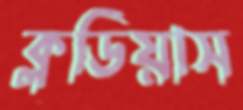
ক্লডিয়াস